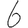
Digit: 6